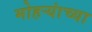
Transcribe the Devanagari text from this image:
मोहऱ्यांच्या